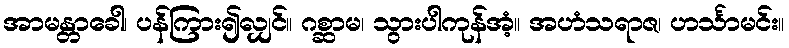
အာမန္တာခေါ၊ ပန်ကြား၍လျှင်။ ဂစ္ဆာမ၊ သွားပါကုန်အံ့။ အဟံသရာဇ၊ ဟင်္သာမင်း။